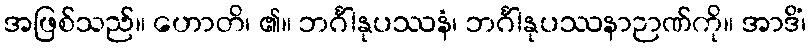
အဖြစ်သည်။ ဟောတိ၊ ၏။ ဘင်္ဂါနုပဿနံ၊ ဘင်္ဂါနုပဿနာဉာဏ်ကို။ အာဒိံ၊